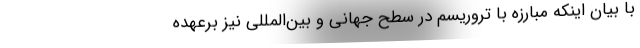
با بیان اینکه مبارزه با تروریسم در سطح جهانی و بین‌المللی نیز برعهده